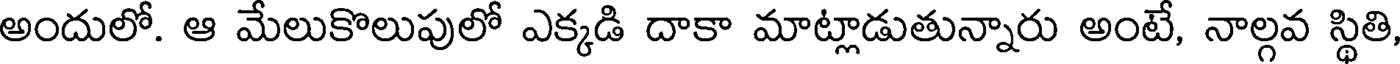
అందులో. ఆ మేలుకొలుపులో ఎక్కడి దాకా మాట్లాడుతున్నారు అంటే, నాల్గవ స్థితి